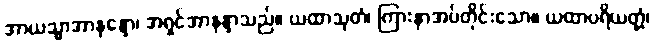
အာယသ္မာအာနန္ဒော၊ အရှင်အာနန္ဒာသည်။ ယထာသုတံ၊ ကြားနာအပ်တိုင်းသော။ ယထာပရိယတ္တံ၊